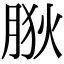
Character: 𦛡